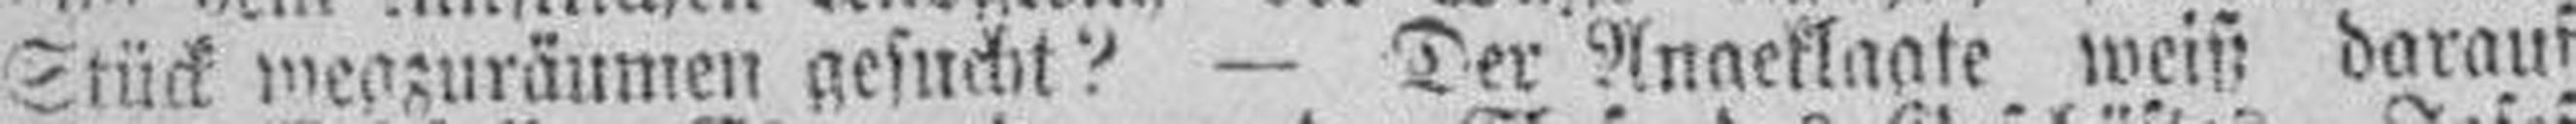
Stück wegzuräumen gesucht? — Der Angeklagte weiß darauf